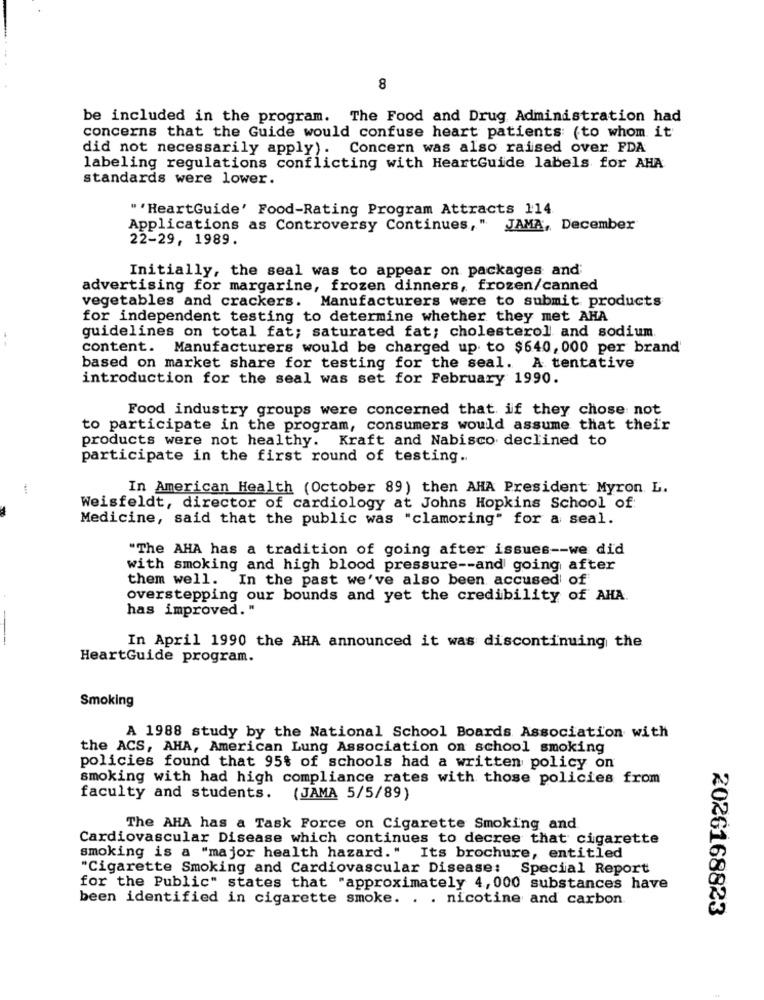
8
be included in the program. The Food and Drug Administration had
concerns that the Guide would confuse heart patients (to whom it
did not necessarily apply). Concern was also raised over FDA
labeling regulations conflicting with HeartGuide labels for AHA
standards were lower.
"'HeartGuide' Food-Rating Program Attracts 114.
Applications as Controversy Continues, " JAMA, December
22-29, 1989.
Initially, the seal was to appear on packages and;
advertising for margarine, frozen dinners, frozen/canned
vegetables and crackers. Manufacturers were to submit products
for independent testing to determine whether they met AHA
guidelines on total fat; saturated fat; cholesterol and sodium.
content. Manufacturers would be charged up to $640, 000 per brand
based on market share for testing for the seal. A tentative
introduction for the seal was set for February 1990.
Food industry groups were concerned that if they chose not
to participate in the program, consumers would assume that their
products were not healthy. Kraft and Nabisco declined to
participate in the first round of testing ..
In American Health (October 89) then AHA President Myron L.
Weisfeldt, director of cardiology at Johns Hopkins School of
Medicine, said that the public was "clamoring" for a seal.
"The AHA has a tradition of going after issues -- we did
with smoking and high blood pressure -- and going after
them well. In the past we've also been accused of
overstepping our bounds and yet the credibility of AHA.
has improved. "
In April 1990 the AHA announced it was discontinuing the
HeartGuide program.
Smoking
A 1988 study by the National School Boards Association with
the ACS, AHA, American Lung Association on school smoking
policies found that 95% of schools had a written policy on
smoking with had high compliance rates with those policies from
faculty and students.
(JAMA 5/5/89)
The AHA has a Task Force on Cigarette Smoking and
Cardiovascular Disease which continues to decree that cigarette
smoking is a "major health hazard." Its brochure, entitled
"Cigarette Smoking and Cardiovascular Disease: Special Report
for the Public" states that "approximately 4, 000 substances have
been identified in cigarette smoke. . . nicotine and carbon
2026168823